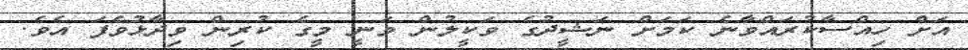
އަށް ހިއްސާކުރައްވާނެ ކަމަށް ނަޝީދުގެ ވަކީލުން ވަނީ މީގެ ކުރިން ވިދާޅުވެފަ އެވެ.